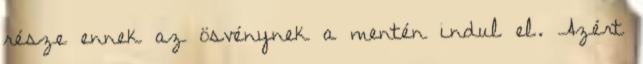
része ennek az ösvénynek a mentén indul el. Azért